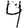
Digit: 4